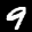
Label: 9